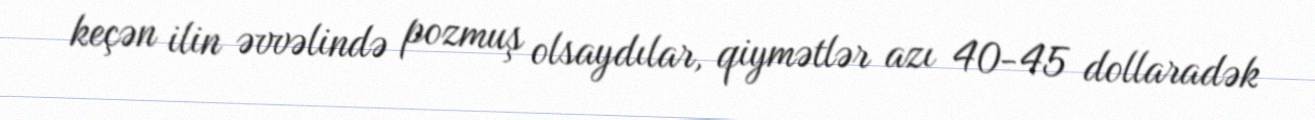
keçən ilin əvvəlində pozmuş olsaydılar, qiymətlər azı 40-45 dollaradək